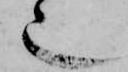
也